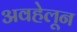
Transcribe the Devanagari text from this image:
अवहेलून